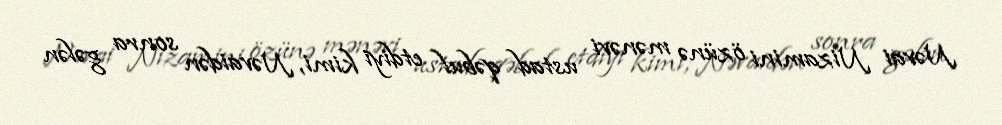
Nəvai Nizamini özünə mənəvi ustad qəbul etdiyi kimi, Nəvaidən sonra gələn